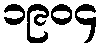
၁၉၀၄